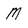
Character: M